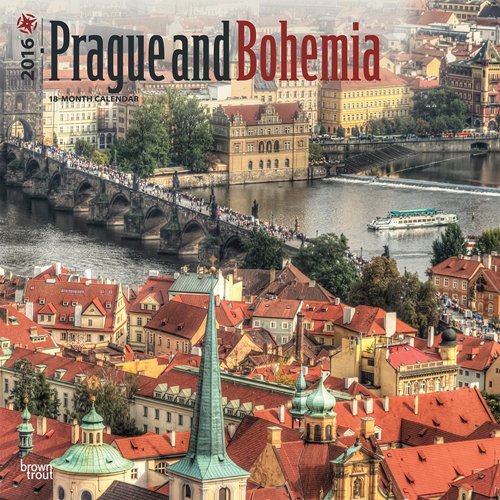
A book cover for Prague and Bohemia 2016 Square 12x12 (Multilingual Edition); Browntrout Publishers; Travel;